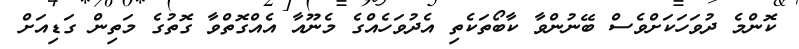
ކޮންމެ ދުވަހަކަށްވެސް ބޭނުންވާ ކާބޯތަކެތި އެދުވަހެއްގެ މެނޫއާ އެއްގޮތްވާ ގޮތުގެ މަތިން ގަޑިއަށް